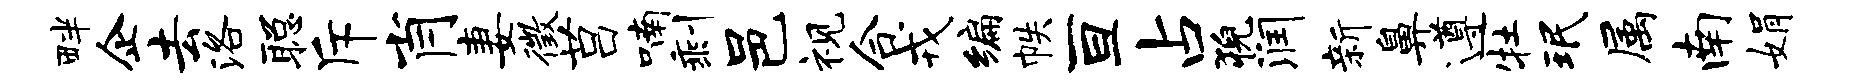
畔企去洛聪斥肖妻徵莒喃剩邑视合戎编帙亘占猊润新鼻遵牡珉属南娟